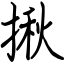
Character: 揪